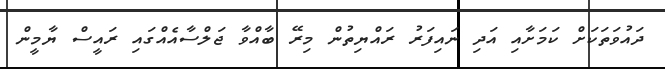
ދައުވަތަކަށް ކަމަށާއި އަދި ނައިފަރު ރައްޔިތުން މިރޭ ބާއްވާ ޖަލްސާއެއްގައި ރައީސް ޔާމީން